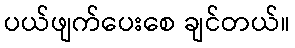
ပယ်ဖျက်ပေးစေ ချင်တယ်။